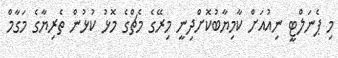
މި ޕެނަލްޓީ ނިއުއަށް ކާމިޔާބުކޮށްދިނީ މިރޭގެ މެޗްގެ މޮޅު ކުޅުން ތެރިޔާގެ މަގާމް